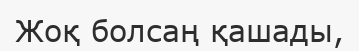
Жоқ болсаң қашады,